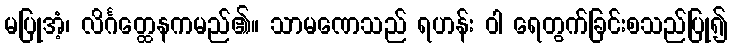
မပြုအံ့၊ လိင်္ဂတ္ထေနကမည်၏။ သာမဏေသည် ရဟန်း ဝါ ရေတွက်ခြင်းစသည်ပြု၍